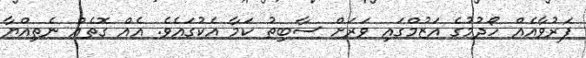
ފަރުވާއެއް ހޯދުމުގެ އަޒުމްގައި ވަރަށް ސާބިތު ކަމާ އެކުގައެވެ. އެއް ގޮތެއް ނެތިއްޔާ